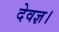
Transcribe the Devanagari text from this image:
देवज्ञ।